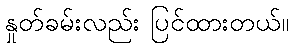
နှုတ်ခမ်းလည်း ပြင်ထားတယ်။